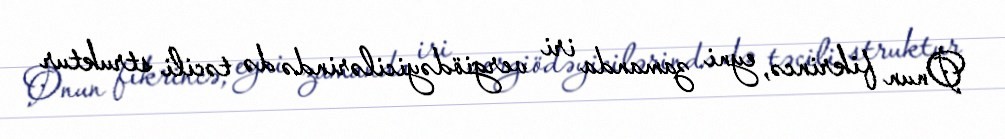
Onun fikrincə, eyni zamanda iri vergiödəyicilərində də təcili struktur